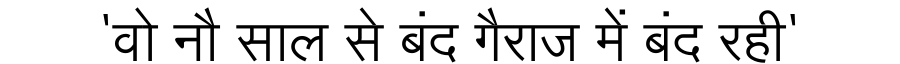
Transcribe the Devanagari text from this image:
'वो नौ साल से बंद गैराज में बंद रही'